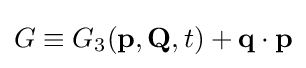
{\textstyle G\equiv G_{3}(\mathbf {p} ,\mathbf {Q} ,t)+\mathbf {q} \cdot \mathbf {p} }